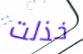
خذلت